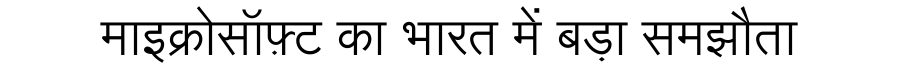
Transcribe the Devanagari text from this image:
माइक्रोसॉफ़्ट का भारत में बड़ा समझौता